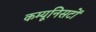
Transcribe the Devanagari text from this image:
कम्यूनिसटों